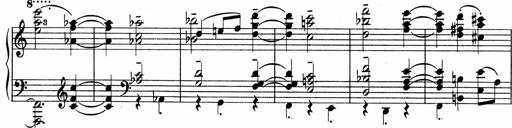
Title: Sonatina No.4
Composer: Abram Kimmell
Key: E minor